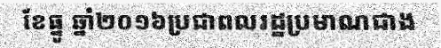
ខែធ្នូ ឆ្នាំ២០១៦ប្រជាពលរដ្ឋប្រមាណជាង